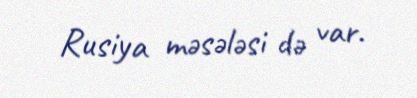
Rusiya məsələsi də var.